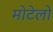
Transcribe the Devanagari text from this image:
मोटेलो